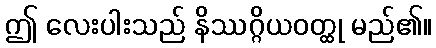
ဤ လေးပါးသည် နိဿဂ္ဂိယဝတ္ထု မည်၏။